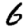
Digit: 6